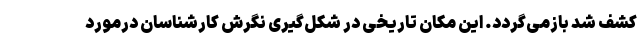
کشف شد بازمی‌گردد. این مکان تاریخی در شکل‌گیری نگرش کارشناسان درمورد